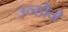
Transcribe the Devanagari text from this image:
उन्होंने